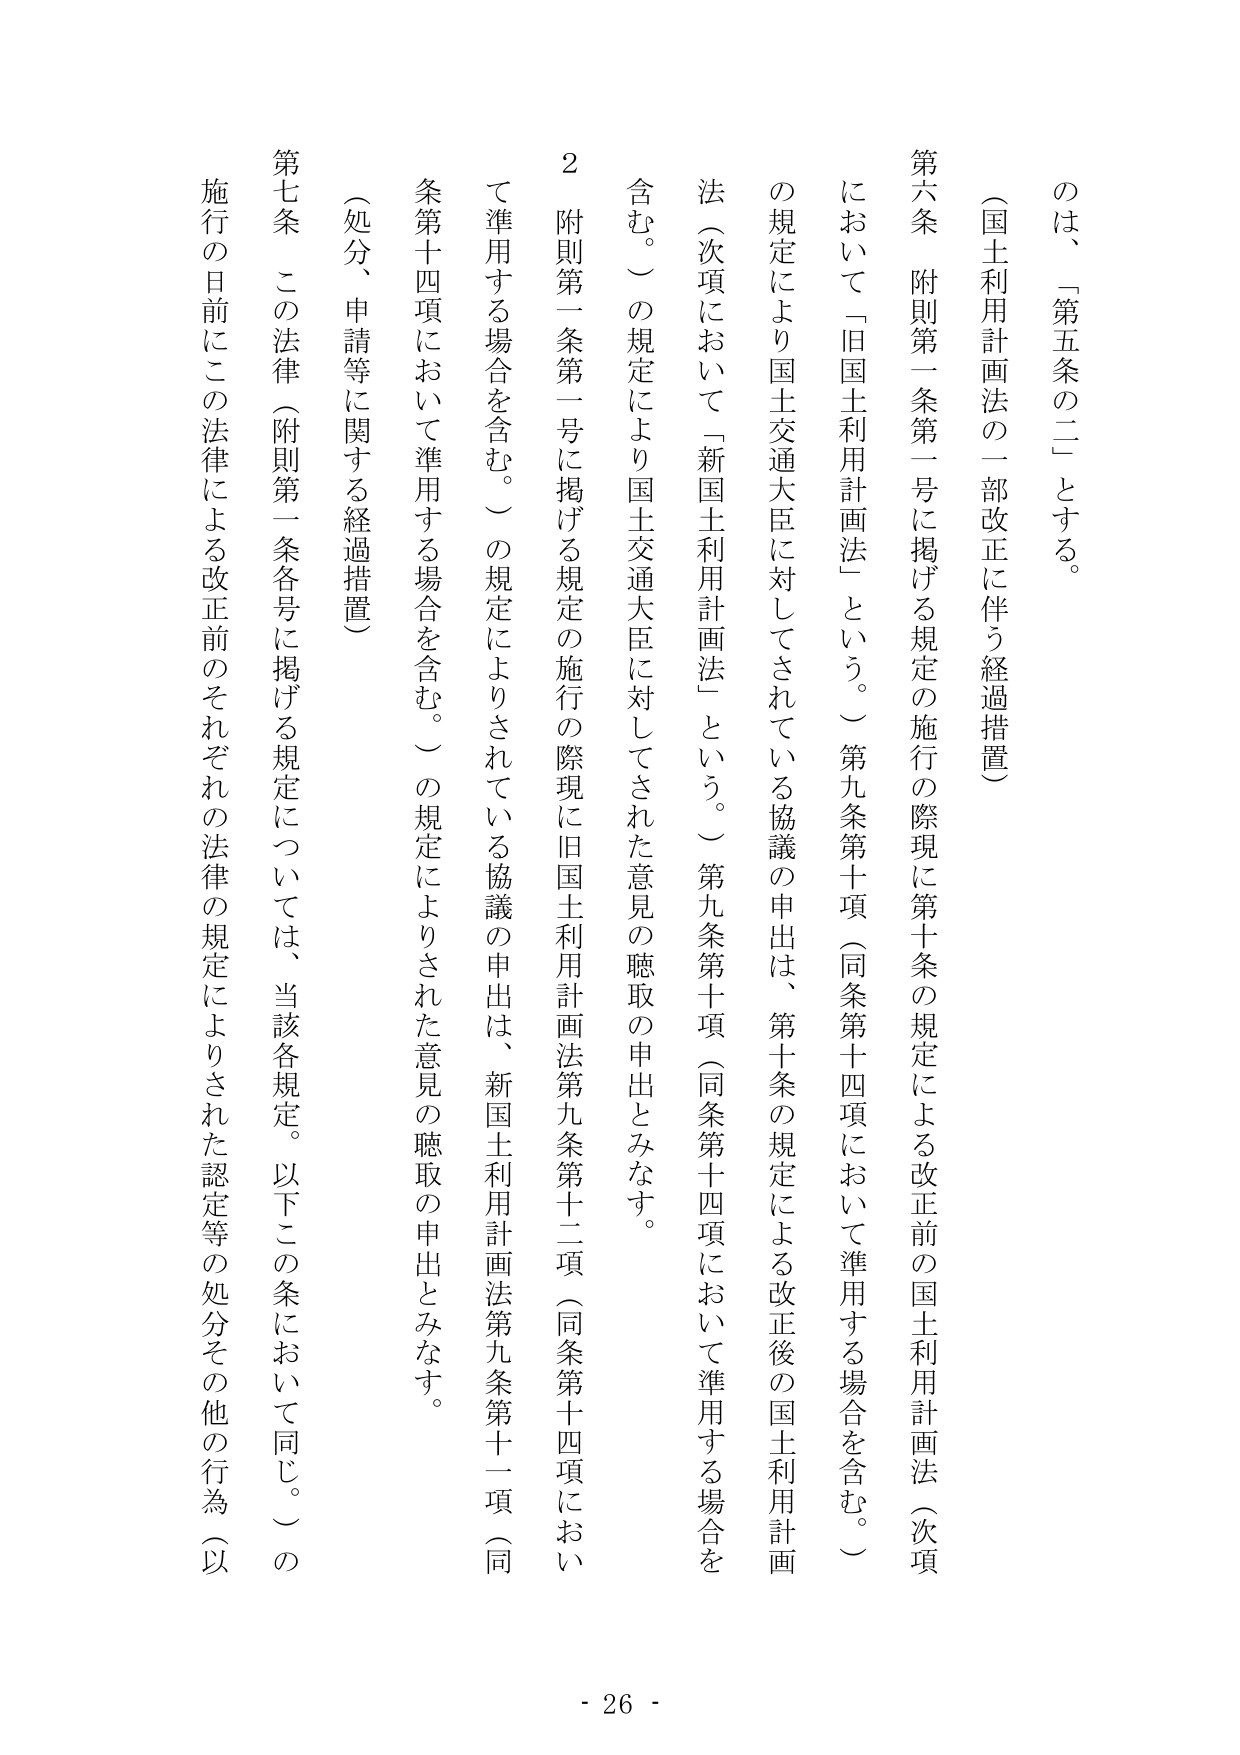
のは、「第五条の二」とする。

（国土利用計画法の一部改正に伴う経過措置）

第六条 附則第一条第一号に掲げる規定の施行の際現に第十条の規定による改正前の国土利用計画法（次項において「旧国土利用計画法」という。）第九条第十項（同条第十四項において準用する場合を含む。）の規定により国土交通大臣に対してされている協議の申出は、第十条の規定による改正後の国土利用計画法（次項において「新国土利用計画法」という。）第九条第十項（同条第十四項において準用する場合を含む。）の規定により国土交通大臣に対してされた意見の聴取の申出とみなす。

２ 附則第一条第一号に掲げる規定の施行の際現に旧国土利用計画法第九条第十二項（同条第十四項において準用する場合を含む。）の規定によりされている協議の申出は、新国土利用計画法第九条第十一項（同条第十四項において準用する場合を含む。）の規定によりされた意見の聴取の申出とみなす。

（処分、申請等に関する経過措置）

第七条 この法律（附則第一条各号に掲げる規定については、当該各規定。以下この条において同じ。）の施行の日前にこの法律による改正前のそれぞれの法律の規定によりされた認定等の処分その他の行為（以

- 26 -